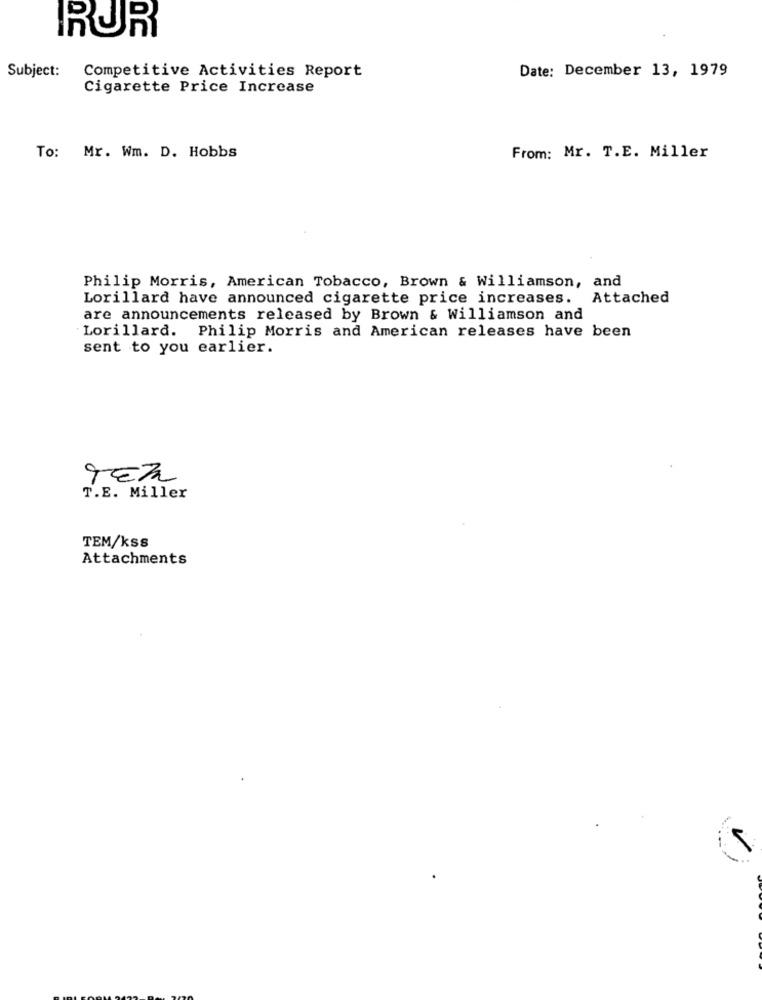
RUR
Subject:
Competitive Activities Report
Date: December 13, 1979
Cigarette Price Increase
To: Mr. Wm. D. Hobbs
From: Mr. T.E. Miller
Philip Morris, American Tobacco, Brown & Williamson, and
Lorillard have announced cigarette price increases. Attached
are announcements released by Brown & Williamson and
Lorillard. Philip Morris and American releases have been
sent to you earlier.
TEA
0
T.E. Miller
TEM/kss
Attachments